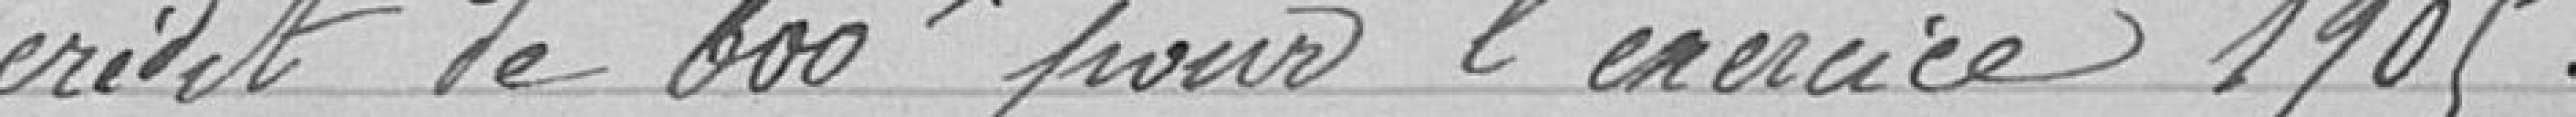
crédit de 600 francs pour l'exercice 1905.